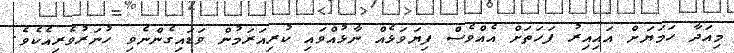
މިއަދާ ހަމަޔަށް އައިއިރު ފަހަތަށް އެއްވެސް ފިޔަވަޅެއް ނާޅުއްވައި ކުރިއަރަމުން ވަޑައިގެންނެވި ހުނަރުވެރިއެކެވެ.